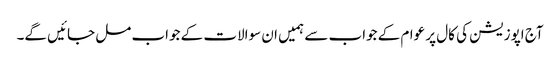
آج اپوزیشن کی کال پر عوام کے جواب سے ہمیں ان سوالات کے جواب مل جائیں گے۔